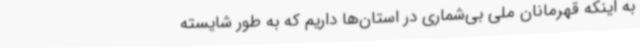
به اینکه قهرمانان ملی بی‌شماری در استان‌ها داریم که به طور شایسته